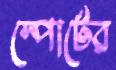
স্পোর্টের